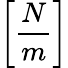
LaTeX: \bigg[\frac{N}{m}\bigg]